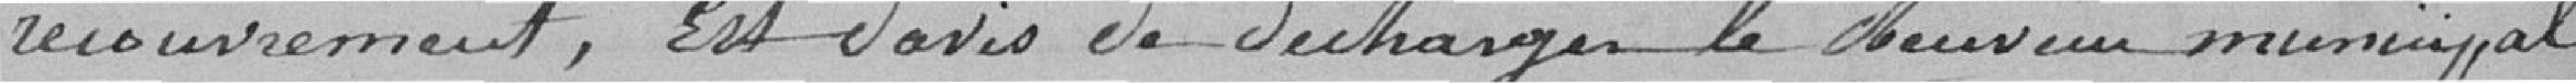
recouvrement, est d'avis de décharger le Bureau municipal